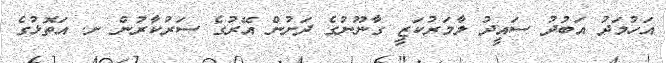
އަހުމަދު އަބުދު ސައީދު ލާމަރުކަޒީ ގާނޫނުގެ ދަށުން އޭރުގެ ސަރުކާރުން ށ. އަތޮޅުގެ